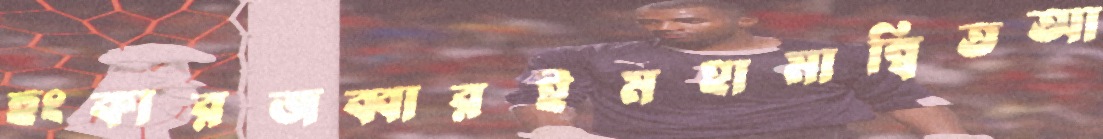
হুংকারজব্বারইমহামান্বিতআ